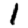
Digit: 1